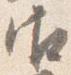
御